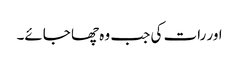
اور رات کی جب وہ چھا جائے۔